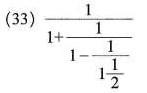
( 33)$$\frac { 1 } { 1 + \frac { 1 } { { 1 - \frac { 1 } { 1 \frac { 1 } { 2 } } } } }$$